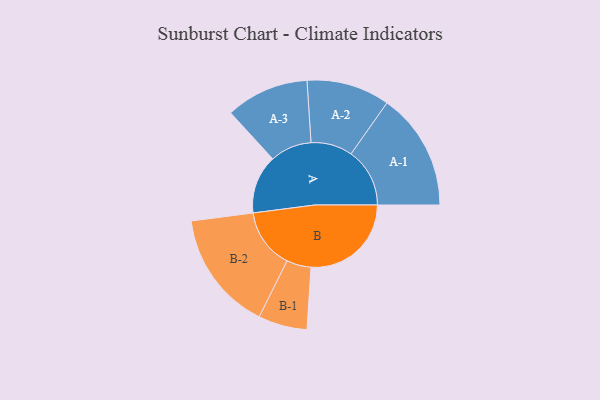
{"axis": {"x": "Segment", "y": "Value"}, "legend": ["", "A", "B"], "data": [{"x": "A", "y": 257, "type": ""}, {"x": "B", "y": 439, "type": ""}, {"x": "A-1", "y": 257, "type": "A"}, {"x": "A-2", "y": 182, "type": "A"}, {"x": "A-3", "y": 182, "type": "A"}, {"x": "B-1", "y": 107, "type": "B"}, {"x": "B-2", "y": 263, "type": "B"}]}